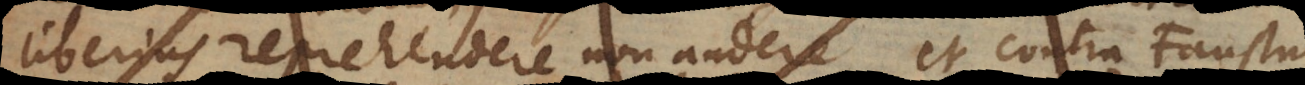
liberius reprehendere non audere, et contra Faustum